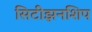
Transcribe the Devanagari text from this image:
सिटीझनशिप